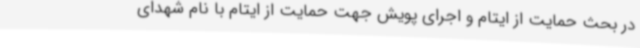
در بحث حمایت از ایتام و اجرای پویش جهت حمایت از ایتام با نام شهدای